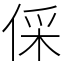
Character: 倸